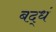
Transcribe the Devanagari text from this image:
बद्धं